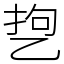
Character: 㐝